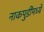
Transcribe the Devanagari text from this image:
नाकपुडींमध्ये